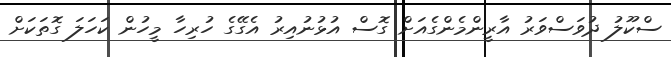
ސްކޫލު ދުވަސްވަރު އާރީންމެންގެއަށް ގޮސް އުޅުނުއިރު އެގޭގެ ހުރިހާ މީހުން ކަހަލަ ގޮތަކަށް